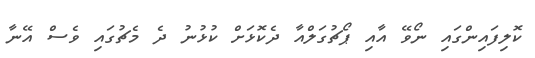
ކޮލިފައިންގައި ނޯވޭ އާއި ޕޯޗުގަލްއާ ދެކޮޅަށް ކުޅުނު ދެ މެޗުގައި ވެސް އޭނާ